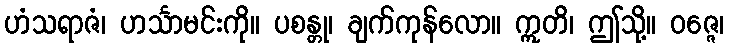
ဟံသရာဇံ၊ ဟင်္သာမင်းကို။ ပစန္တု၊ ချက်ကုန်လော။ ဣတိ၊ ဤသို့။ ဝဇ္ဇေ၊